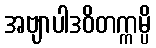
အဗျာပါဒဝိတက္ကမ္ပိ